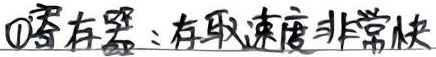
\textcircled{1}寄存器：存取速度非常快